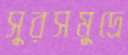
সুরসমুদ্রে